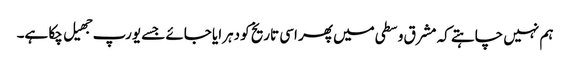
ہم نہیں چاہتے کہ مشرق وسطی میں پھر اسی تاریخ کو دہرایا جائے جسے یورپ جهیل چکا ہے۔